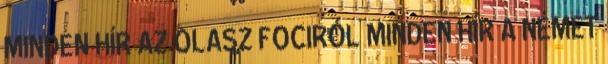
MINDEN HÍR AZ OLASZ FOCIRÓL MINDEN HÍR A NÉMET